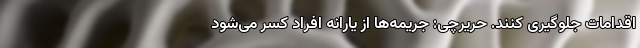
اقدامات جلوگیری کنند. حریرچی: جریمه‌ها از یارانه افراد کسر می‌شود